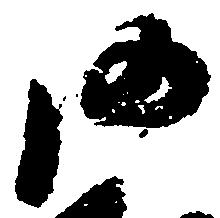
沙